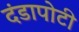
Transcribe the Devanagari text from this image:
दंडापोटी